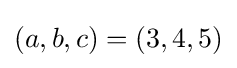
(a,b,c)=(3,4,5)